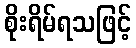
စိုးရိမ်ရသဖြင့်